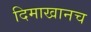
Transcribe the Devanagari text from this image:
दिमाखानच